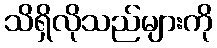
သိရှိလိုသည်များကို